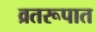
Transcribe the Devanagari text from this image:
व्रतरूपात